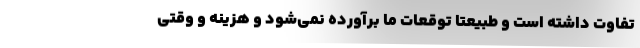
تفاوت داشته است و طبیعتا توقعات ما برآورده نمی‌شود و هزینه‌ و وقتی